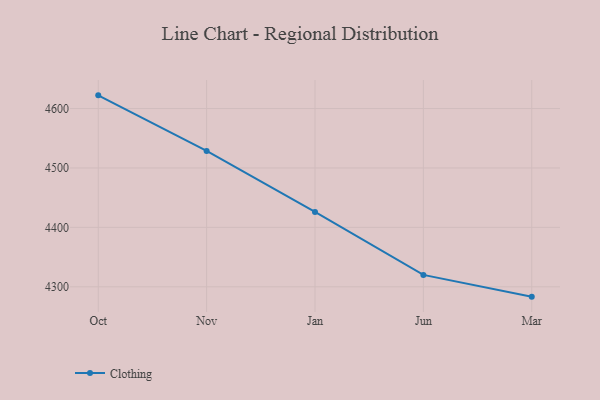
{"axis": {"x": "Month", "y": "Gross Profit (USD K)"}, "legend": ["Clothing"], "data": [{"x": "Oct", "y": 4622.2, "type": "Clothing"}, {"x": "Nov", "y": 4528.6, "type": "Clothing"}, {"x": "Jan", "y": 4426.0, "type": "Clothing"}, {"x": "Jun", "y": 4320.0, "type": "Clothing"}, {"x": "Mar", "y": 4283.4, "type": "Clothing"}]}